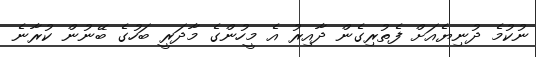
ނުކުމެ ދުނިޔެއަށް ފެތުރިގެން ދާއިރު އެ މީހުންގެ މާދަރީ ބަހުގެ ބޭނުން ކުރާނެ